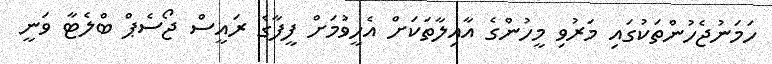
ހަމަނުޖެހުންތަކުގައި މަރުވި މީހުންގެ އާއިލާތަކަށް އެހީވުމަށް ފީފާގެ ރައީސް ޖޯސެޕް ބްލެޓާ ވަނީ